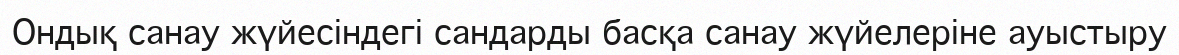
Ондық санау жүйесiндегi сандарды басқа санау жүйелерiне ауыстыру